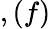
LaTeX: ,(f)